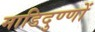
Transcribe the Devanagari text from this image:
माडिदुण्णों